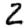
Digit: 2